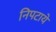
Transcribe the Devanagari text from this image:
निपटायें